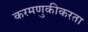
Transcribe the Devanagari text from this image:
करमणुकीकरता